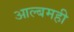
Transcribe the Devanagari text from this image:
आल्बमही